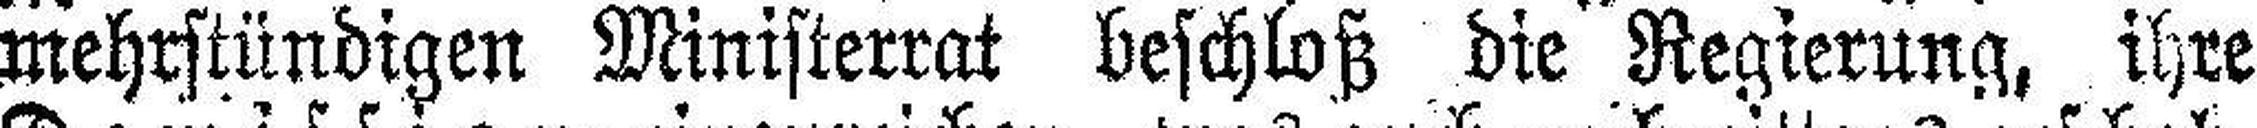
mehrstündigen Ministerrat beschloß die Regierung, ihre